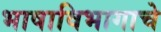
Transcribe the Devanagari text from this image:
भाषाविभागाचे